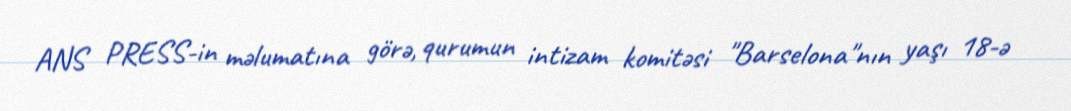
ANS PRESS-in məlumatına görə, qurumun intizam komitəsi "Barselona"nın yaşı 18-ə